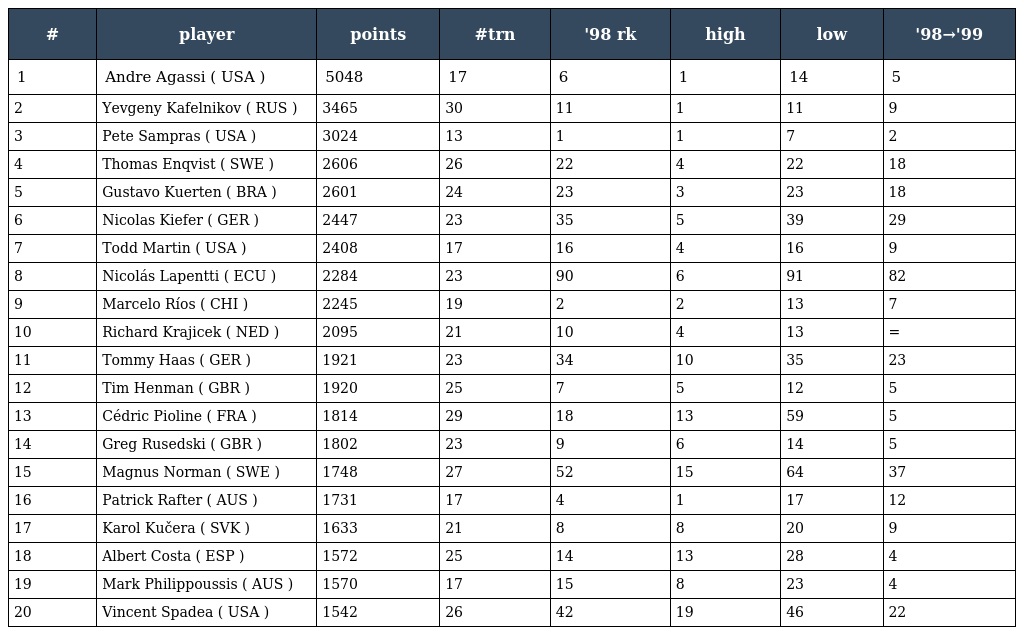
| # | player | points | #trn | '98 rk | high | low | '98→'99 |
 | --- | --- | --- | --- | --- | --- | --- | --- |
 | 1 | Andre Agassi ( USA ) | 5048 | 17 | 6 | 1 | 14 | 5 |
 | 2 | Yevgeny Kafelnikov ( RUS ) | 3465 | 30 | 11 | 1 | 11 | 9 |
 | 3 | Pete Sampras ( USA ) | 3024 | 13 | 1 | 1 | 7 | 2 |
 | 4 | Thomas Enqvist ( SWE ) | 2606 | 26 | 22 | 4 | 22 | 18 |
 | 5 | Gustavo Kuerten ( BRA ) | 2601 | 24 | 23 | 3 | 23 | 18 |
 | 6 | Nicolas Kiefer ( GER ) | 2447 | 23 | 35 | 5 | 39 | 29 |
 | 7 | Todd Martin ( USA ) | 2408 | 17 | 16 | 4 | 16 | 9 |
 | 8 | Nicolás Lapentti ( ECU ) | 2284 | 23 | 90 | 6 | 91 | 82 |
 | 9 | Marcelo Ríos ( CHI ) | 2245 | 19 | 2 | 2 | 13 | 7 |
 | 10 | Richard Krajicek ( NED ) | 2095 | 21 | 10 | 4 | 13 | = |
 | 11 | Tommy Haas ( GER ) | 1921 | 23 | 34 | 10 | 35 | 23 |
 | 12 | Tim Henman ( GBR ) | 1920 | 25 | 7 | 5 | 12 | 5 |
 | 13 | Cédric Pioline ( FRA ) | 1814 | 29 | 18 | 13 | 59 | 5 |
 | 14 | Greg Rusedski ( GBR ) | 1802 | 23 | 9 | 6 | 14 | 5 |
 | 15 | Magnus Norman ( SWE ) | 1748 | 27 | 52 | 15 | 64 | 37 |
 | 16 | Patrick Rafter ( AUS ) | 1731 | 17 | 4 | 1 | 17 | 12 |
 | 17 | Karol Kučera ( SVK ) | 1633 | 21 | 8 | 8 | 20 | 9 |
 | 18 | Albert Costa ( ESP ) | 1572 | 25 | 14 | 13 | 28 | 4 |
 | 19 | Mark Philippoussis ( AUS ) | 1570 | 17 | 15 | 8 | 23 | 4 |
 | 20 | Vincent Spadea ( USA ) | 1542 | 26 | 42 | 19 | 46 | 22 |